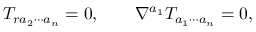
T _ { r a _ { 2 } \cdots a _ { n } } = 0 , \qquad \nabla ^ { a _ { 1 } } T _ { a _ { 1 } \cdots a _ { n } } = 0 ,